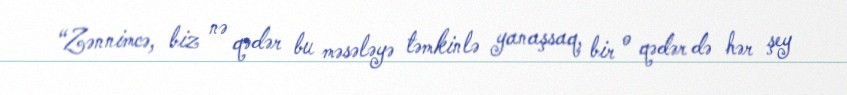
“Zənnimcə, biz nə qədər bu məsələyə təmkinlə yanaşsaq, bir o qədər də hər şey